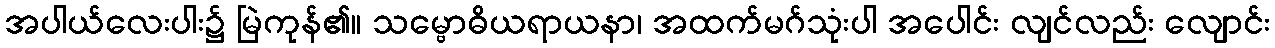
အပါယ်လေးပါး၌ မြဲကုန်၏။ သမ္ဗောဓိယရာယနာ၊ အထက်မဂ်သုံးပါ အပေါင်း လျင်လည်း လျောင်း